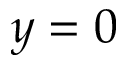
y = 0